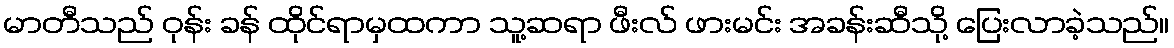
မာတီသည် ဝုန်း ခန် ထိုင်ရာမှထကာ သူ့ဆရာ ဖီးလ် ဖားမင်း အခန်းဆီသို့ ပြေးလာခဲ့သည်။